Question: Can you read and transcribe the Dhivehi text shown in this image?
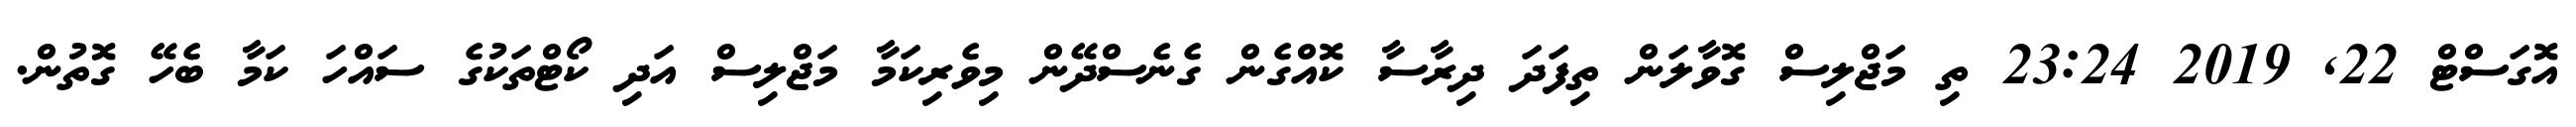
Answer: އޮގަސްޓް 22, 2019 23:24 ތި މަޖްލިސް ގޮވާލަން ތިފަދަ ދިރާސާ ކޮއްގެން ގެނެސްދޭން މިވެރިކަމާ މަޖްލިސް އަދި ކޯޓްތަކުގެ ސައްހަ ކަމާ ބެހޭ ގޮތުން.